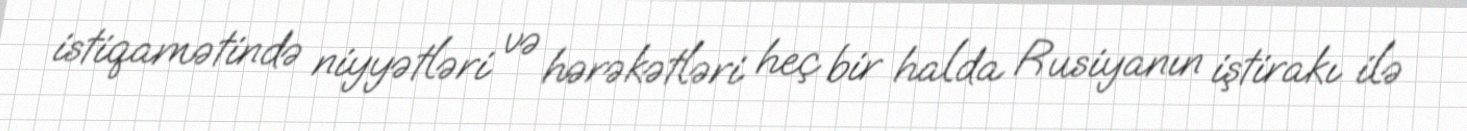
istiqamətində niyyətləri və hərəkətləri heç bir halda Rusiyanın iştirakı ilə